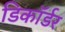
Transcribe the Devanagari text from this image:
डिकॉर्डर